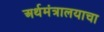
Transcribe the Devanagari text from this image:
अर्थमंत्रालयाचा